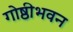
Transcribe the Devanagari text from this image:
गोष्ठीभवन